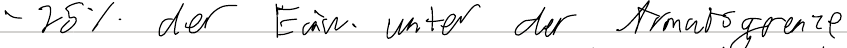
- 25% der Einw. unter der Armutsgrenze